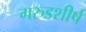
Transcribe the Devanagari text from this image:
गरुडशीर्ष